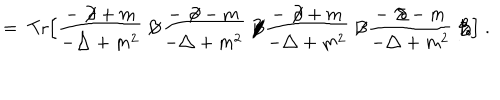
= \; \mathrm { T r } \Big [ \frac { - \not { \! \partial } + m } { - \triangle + m ^ { 2 } } \not { \! \! B } \frac { - \not { \! \partial } - m } { - \triangle + m ^ { 2 } } \not { \! \! B } \frac { - \not { \! \partial } + m } { - \triangle + m ^ { 2 } } \not { \! \! B } \frac { - \not { \! \partial } - m } { - \triangle + m ^ { 2 } } \not { \! \! B } \Big ] \; .